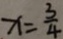
x = \frac { 3 } { 4 }